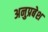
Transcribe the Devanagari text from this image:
अनुप्रबेश